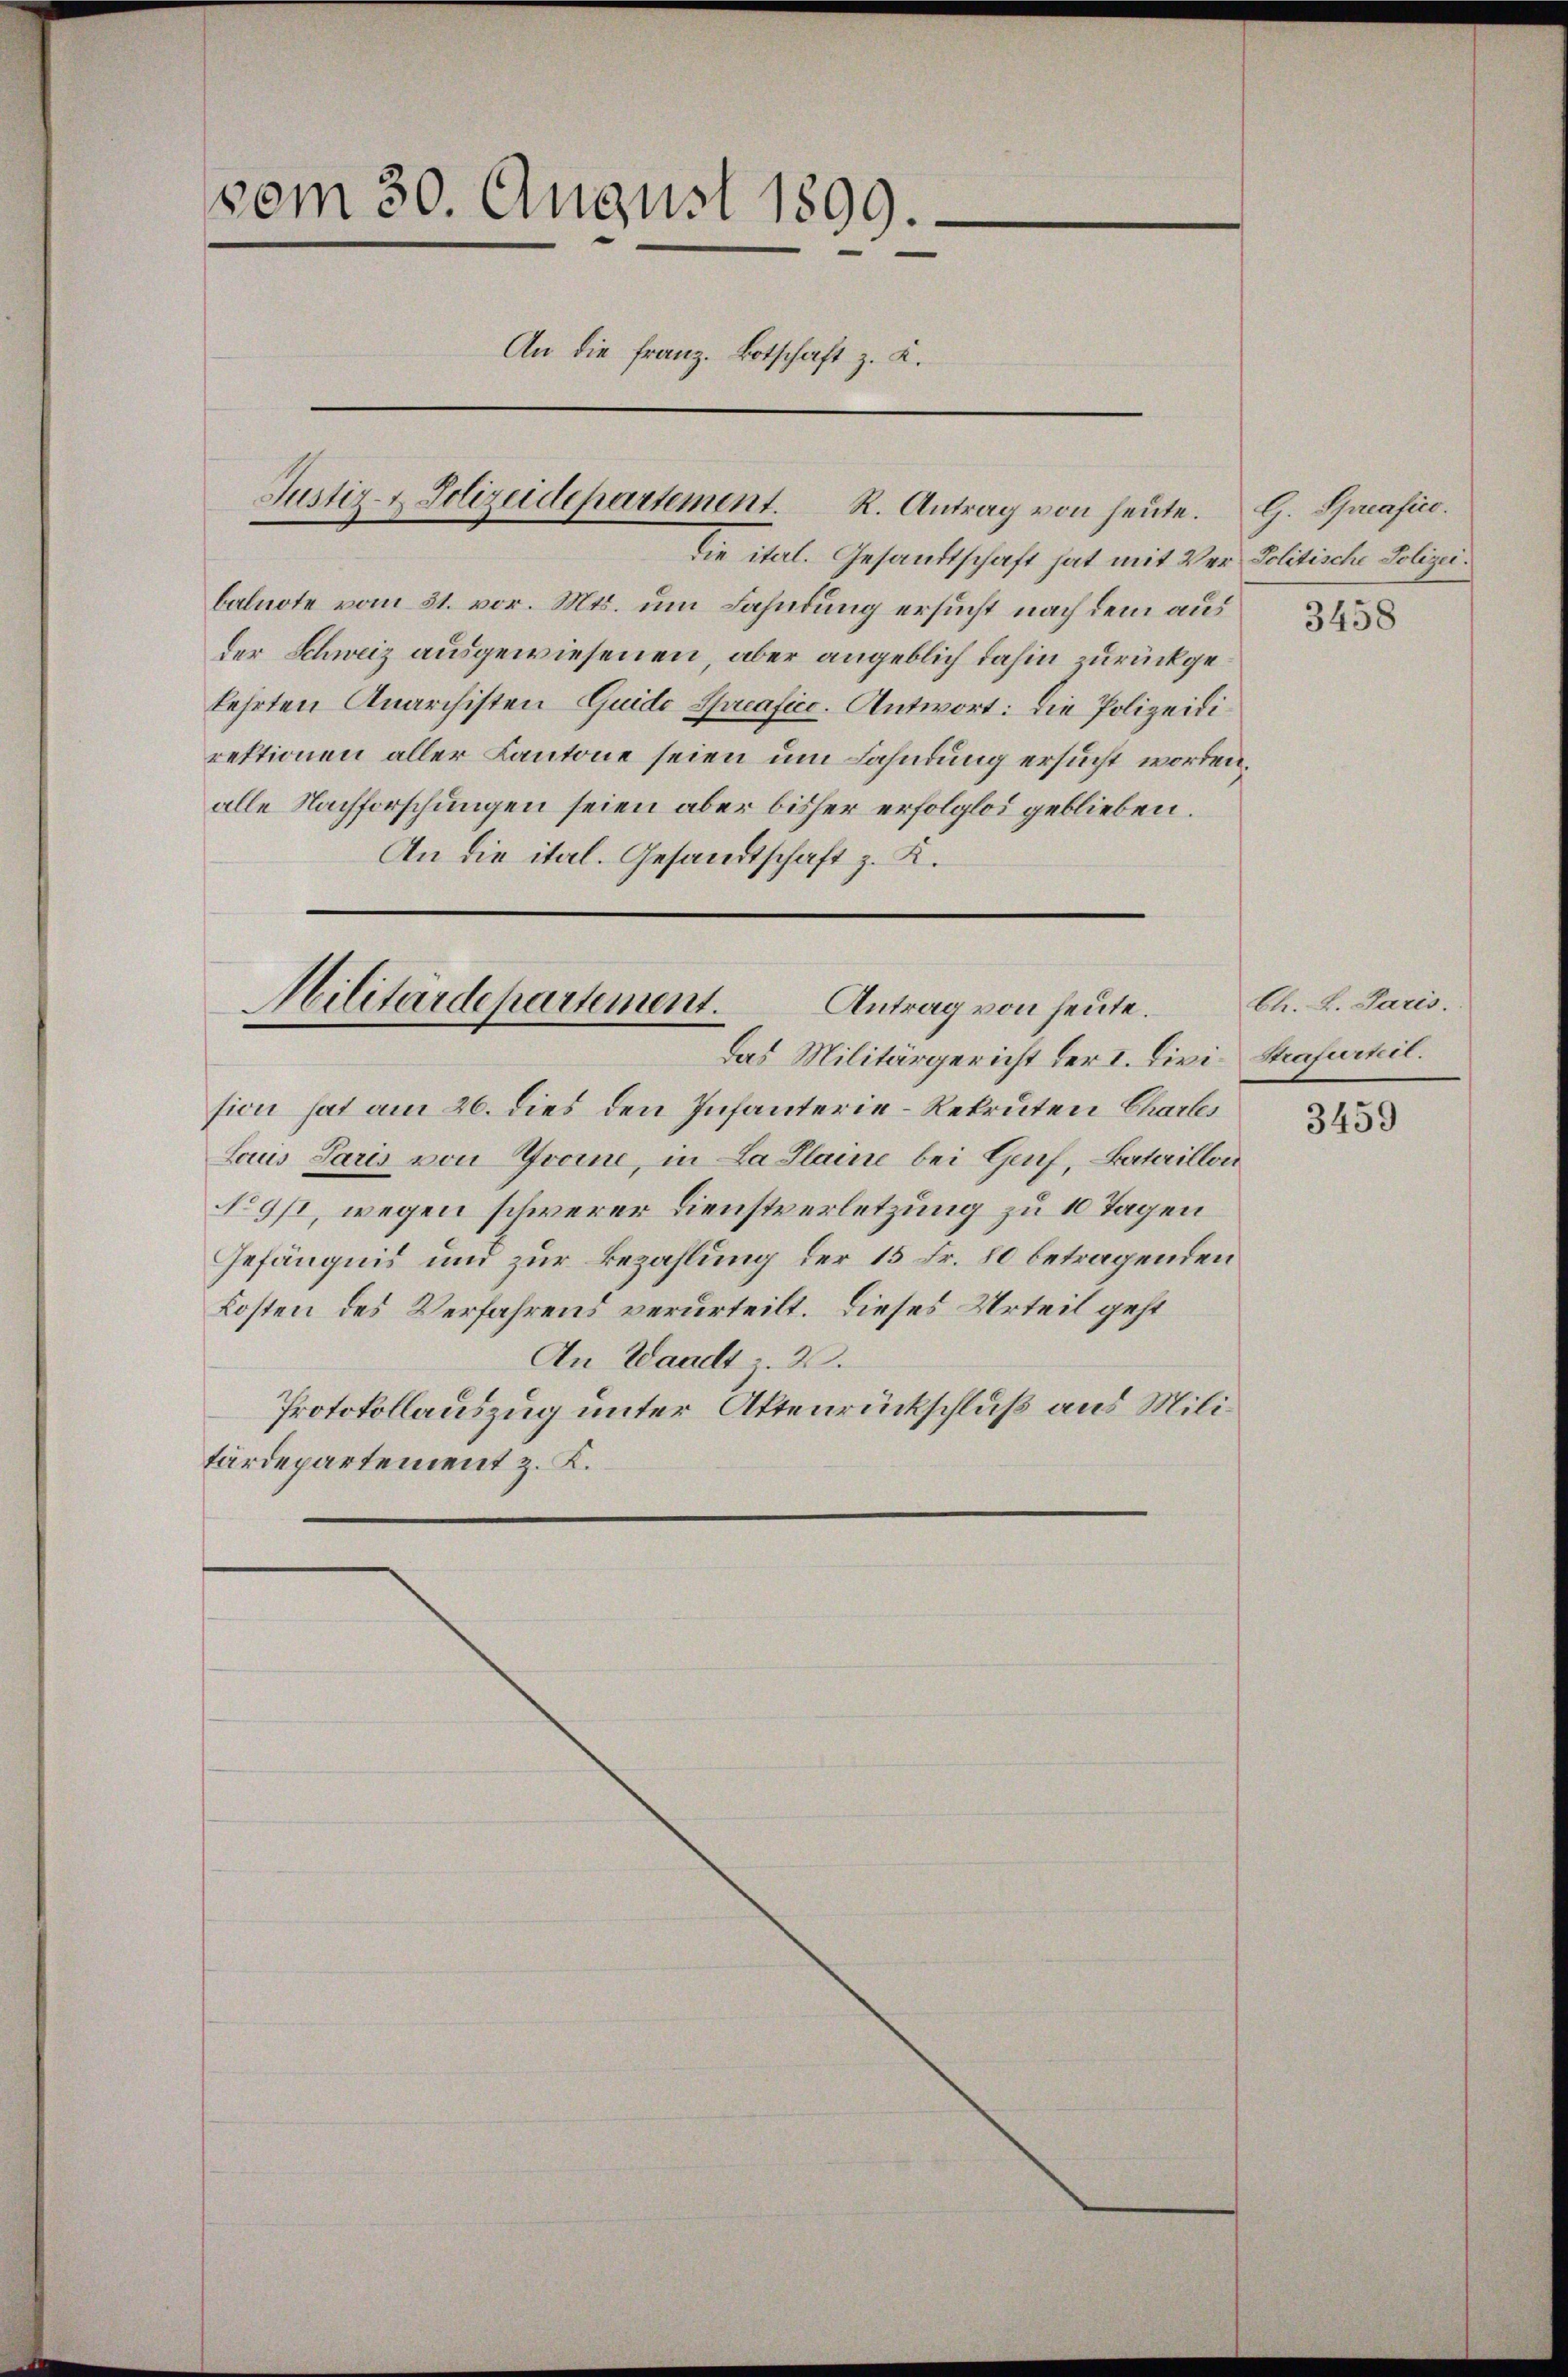
vom 30. August 1899.
An die Franz. Botschaft z. B.
Justiz-Polizeidepartement. R. Antrag von heute. G. Spreafico.

die ital. Gesandtschaft hat mit Ver- Politische Polizei.
balnote vom 31. vor. Mts. um Fahndung ersucht nach dem aus
der Schweiz ausgewiesenen, aber angeblich dahin zurückgekehrten Anarchisten Guido Spreafico. Antwort: Die Polizeidirektionen aller Kantone seien um Fahndung ersucht worden.
alle Nachforschungen seien aber bisher erfolglos geblieben.
An die ital. Gesandtschaft z. K.

Militärdepartement.
Antrag von heute.
Das Militärgericht der I. Civi-Strafurteil.

sion hat am 26. dies den Infanterie-Rekruten Charles
Saus Paris von Gromne, in La Plaine bei Genf, Bataillon
No 911, wegen schwerer Dienstverletzung zu 10 Tagen
Gefängnis und zur Bezahlung der 15 Fr. 80 betragenden
Kosten des Verfahrens verurteilt. Dieses Urteil geht
An Waadt 2.
Protokollauszug unter Aktenrückschluß aus Militärdepartement z. K.

3458

Ch. L. Paris.

3459